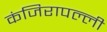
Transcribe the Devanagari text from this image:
कंजिरापल्ली